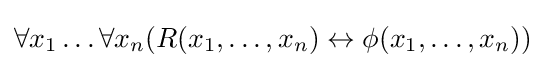
\forall x_{1}\dots \forall x_{n}(R(x_{1},\dots ,x_{n})\leftrightarrow \phi (x_{1},\dots ,x_{n}))